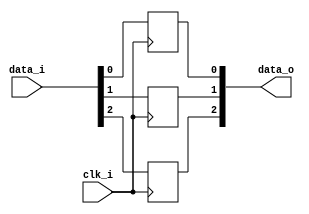
module bsg_dff_width_p3_harden_p1
(
  clk_i,
  data_i,
  data_o
);

  input [2:0] data_i;
  output [2:0] data_o;
  input clk_i;
  wire [2:0] data_o;
  reg data_o_2_sv2v_reg,data_o_1_sv2v_reg,data_o_0_sv2v_reg;
  assign data_o[2] = data_o_2_sv2v_reg;
  assign data_o[1] = data_o_1_sv2v_reg;
  assign data_o[0] = data_o_0_sv2v_reg;

  always @(posedge clk_i) begin
    if(1'b1) begin
      data_o_2_sv2v_reg <= data_i[2];
    end 
  end


  always @(posedge clk_i) begin
    if(1'b1) begin
      data_o_1_sv2v_reg <= data_i[1];
    end 
  end


  always @(posedge clk_i) begin
    if(1'b1) begin
      data_o_0_sv2v_reg <= data_i[0];
    end 
  end


endmodule